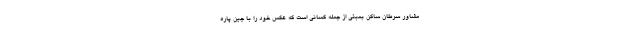
مشاور سرطان ساکن بمبئی از جمله کسانی است که عکس خود را با جین پاره